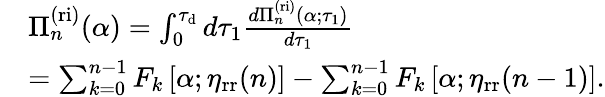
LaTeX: \begin{array}{rl}&{\Pi_{n}^{\mathrm{(ri)}}(\alpha)=\int_{0}^{\tau_{\mathrm{d}}}d\tau_{1}\frac{d\Pi_{n}^{\mathrm{(ri)}}(\alpha;\tau_{1})}{d\tau_{1}}}\\ &{=\sum_{k=0}^{n-1}F_{k}\left[\alpha;\eta_{\mathrm{rr}}(n)\right]-\sum_{k=0}^{n-1}F_{k}\left[\alpha;\eta_{\mathrm{rr}}(n-1)\right].}\end{array}